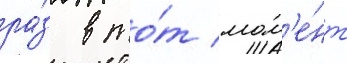
ра́з в то́т мом'е́нт